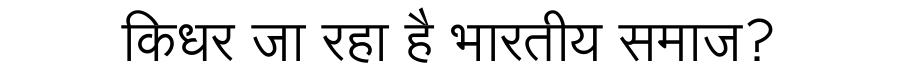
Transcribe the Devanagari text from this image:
किधर जा रहा है भारतीय समाज?